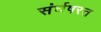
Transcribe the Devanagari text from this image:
संर्घषरत